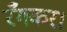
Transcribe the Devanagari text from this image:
रँगकर।